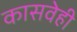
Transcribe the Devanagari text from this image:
कासवेही